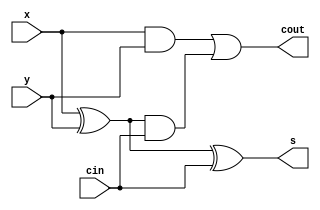
`timescale 1ns / 1ps
//////////////////////////////////////////////////////////////////////////////////
// Company: 
// Engineer: 
// 
// Design Name: 
// Module Name: FA
// Project Name: 
// Target Devices: 
// Tool Versions: 
// Description: 
// 
// Dependencies: 
// 
// Revision:
// Revision 0.01 - File Created
// Additional Comments:
// 
//////////////////////////////////////////////////////////////////////////////////


module FA(
    input x,
    input y,
    input cin,
    output s,
    output cout
    );
    
    assign s = x ^ y ^ cin;
    assign cout = x&y | (x^y) & cin;
    
endmodule